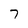
Character: 7